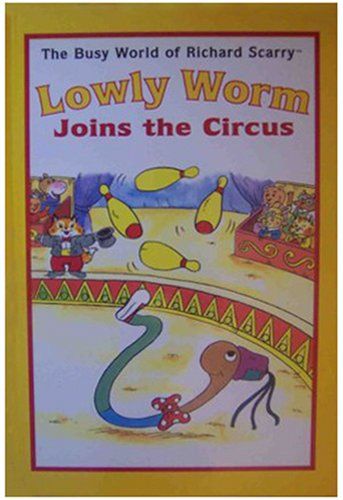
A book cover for Lowly Worm Joins the Circus; Richard Scarry; Sports & Outdoors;